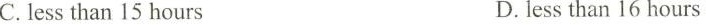
C.lessthan 15 hours D.less than 16 hours